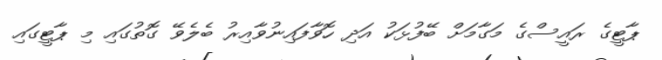
ޕާޓީގެ ރައީސްގެ މަގާމަށް ބޭފުޅަކު އަދި ހޮވާފައިނުވާއިރު ބެލެވޭ ގޮތުގައި މި ޕާޓީގައި